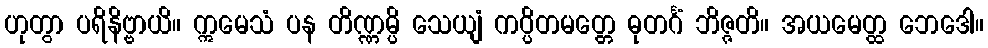
ဟုတွာ ပရိနိဗ္ဗာယိ။ ဣမေသံ ပန တိဏ္ဏမ္ပိ သေယျံ ကပ္ပိတမတ္တေ ဓုတင်္ဂံ ဘိဇ္ဇတိ။ အယမေတ္ထ ဘေဒေါ။